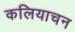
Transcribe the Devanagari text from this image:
कलियाचन